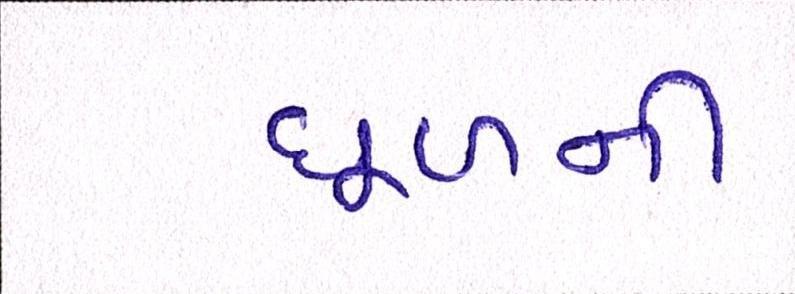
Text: ધૂળની